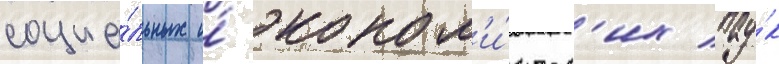
социа́льных и́ эконом'и́ческ'их нау́к